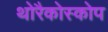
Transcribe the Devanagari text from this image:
थोरैकोस्कोप